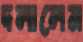
দলালেম